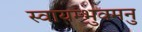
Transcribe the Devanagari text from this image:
स्वायम्भुवमनु